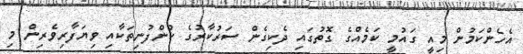
އެހެންކަމުން މިއީ ގައުމީ ކަމެއްގެ ގޮތުގައި ދެކިގެން ސަރުކާރުގެ ކުންފުނިތަކާއި ވިޔަފާރިވެރިން މި